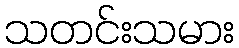
သတင်းသမား